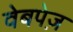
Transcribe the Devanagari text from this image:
वेबपेज़